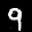
Digit: 9